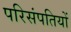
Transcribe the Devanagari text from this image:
परिसंपतियों